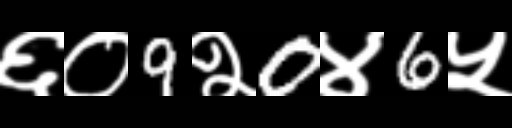
Text: ६०9२0४6५